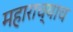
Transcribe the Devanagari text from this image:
महाराच्याच